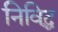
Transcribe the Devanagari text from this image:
निविद्ध